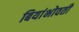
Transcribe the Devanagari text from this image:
बियांभोवती